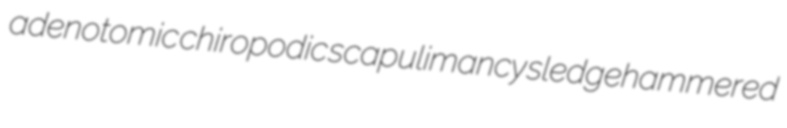
adenotomic chiropodic scapulimancy sledgehammered